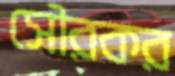
সৌরকর